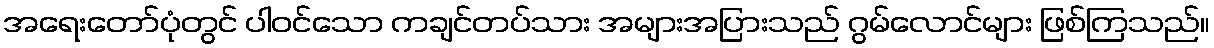
အရေးတော်ပုံတွင် ပါဝင်သော ကချင်တပ်သား အများအပြားသည် ဂွမ်လောင်များ ဖြစ်ကြသည်။